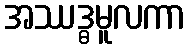
အဿဒ္ဓမူလကာ